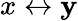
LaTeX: x\leftrightarrow\mathbf{y}